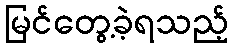
မြင်တွေ့ခဲ့ရသည့်